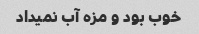
خوب بود و مزه آب نمیداد